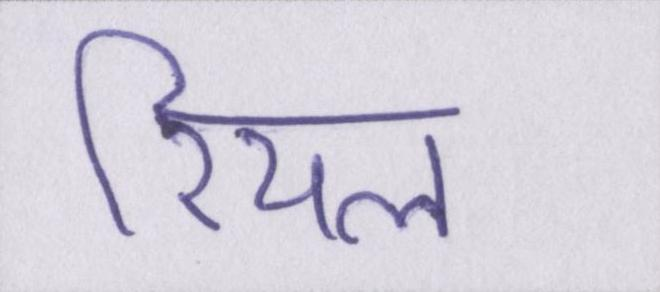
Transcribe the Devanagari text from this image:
रियल